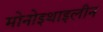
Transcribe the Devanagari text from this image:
मोनोइथाइलीन